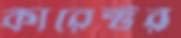
কারেক্টর